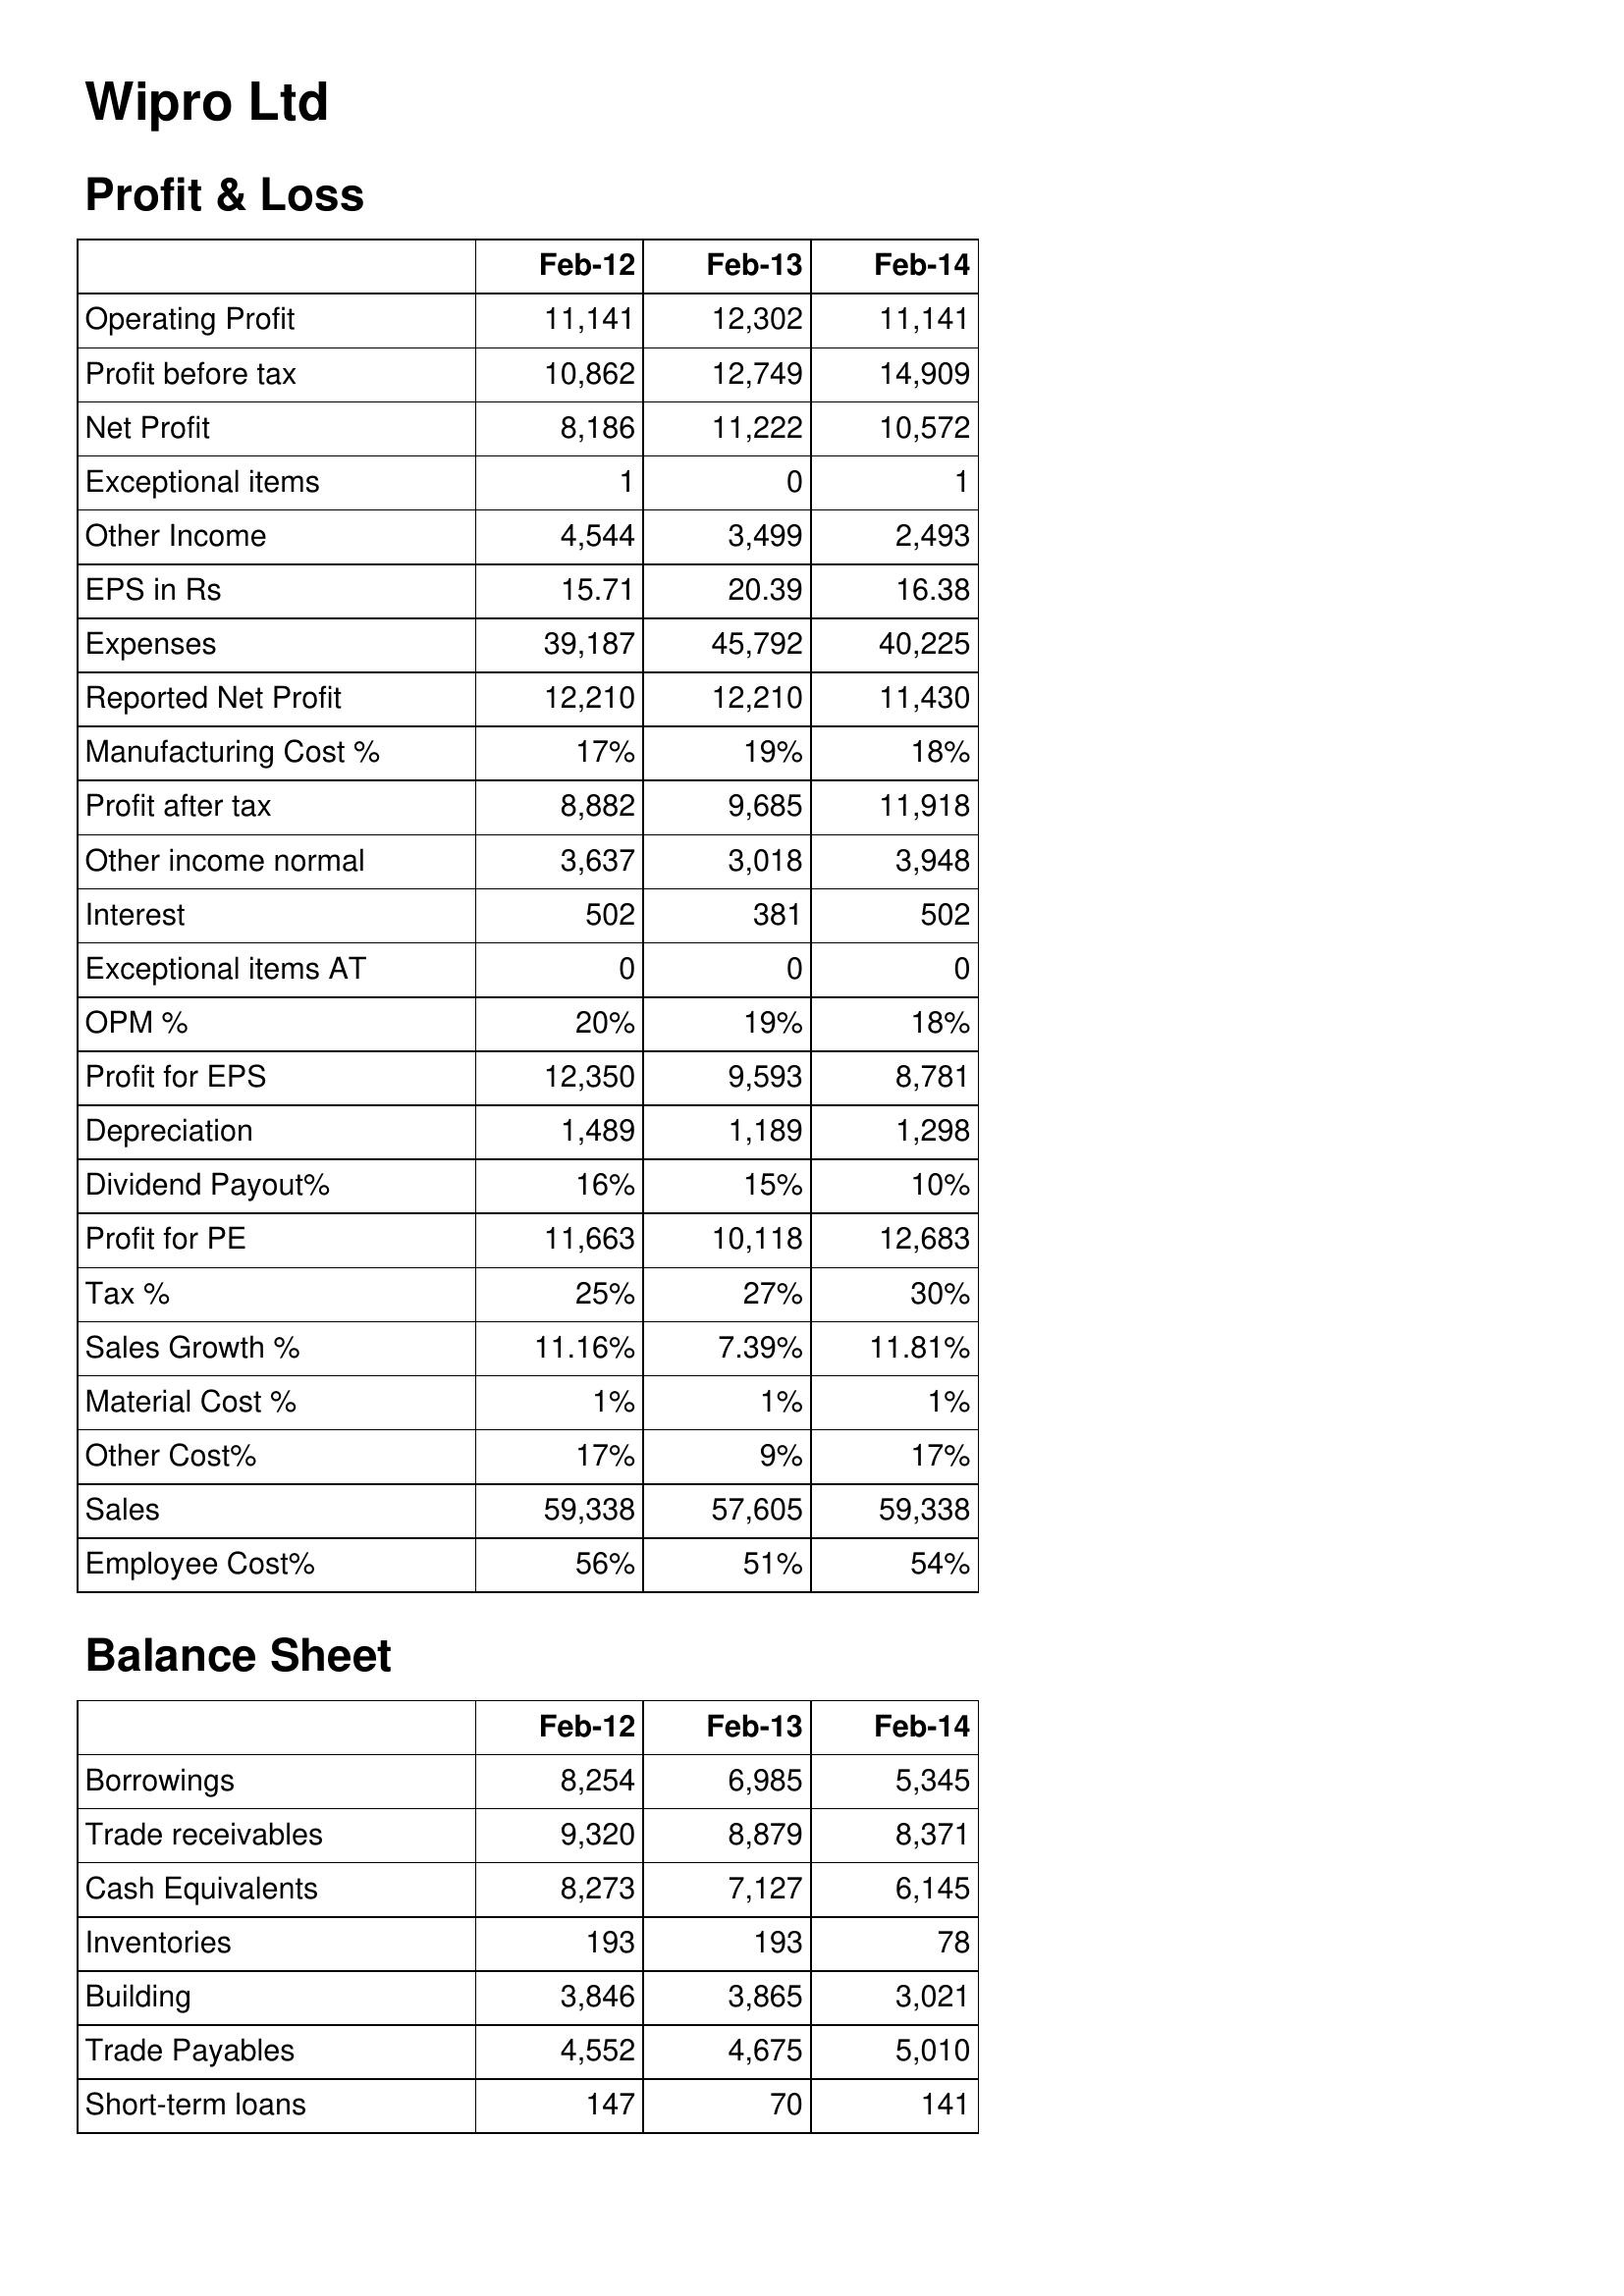
Feb-12: Profit & Loss: Operating Profit: 11,141
Profit before tax: 10,862
Net Profit: 8,186
Exceptional items: 1
Other Income: 4,544
EPS in Rs: 15.71
Expenses: 39,187
Reported Net Profit: 12,210
Manufacturing Cost %: 17%
Profit after tax: 8,882
Other income normal: 3,637
Interest: 502
Exceptional items AT: 0
OPM %: 20%
Profit for EPS: 12,350
Depreciation: 1,489
Dividend Payout%: 16%
Profit for PE: 11,663
Tax %: 25%
Sales Growth %: 11.16%
Material Cost %: 1%
Other Cost%: 17%
Sales: 59,338
Employee Cost%: 56%
Balance Sheet: Borrowings: 8,254
Trade receivables: 9,320
Cash Equivalents: 8,273
Inventories: 193
Building: 3,846
Trade Payables: 4,552
Short-term loans: 147
Feb-13: Profit & Loss: Operating Profit: 12,302
Profit before tax: 12,749
Net Profit: 11,222
Exceptional items: 0
Other Income: 3,499
EPS in Rs: 20.39
Expenses: 45,792
Reported Net Profit: 12,210
Manufacturing Cost %: 19%
Profit after tax: 9,685
Other income normal: 3,018
Interest: 381
Exceptional items AT: 0
OPM %: 19%
Profit for EPS: 9,593
Depreciation: 1,189
Dividend Payout%: 15%
Profit for PE: 10,118
Tax %: 27%
Sales Growth %: 7.39%
Material Cost %: 1%
Other Cost%: 9%
Sales: 57,605
Employee Cost%: 51%
Balance Sheet: Borrowings: 6,985
Trade receivables: 8,879
Cash Equivalents: 7,127
Inventories: 193
Building: 3,865
Trade Payables: 4,675
Short-term loans: 70
Feb-14: Profit & Loss: Operating Profit: 11,141
Profit before tax: 14,909
Net Profit: 10,572
Exceptional items: 1
Other Income: 2,493
EPS in Rs: 16.38
Expenses: 40,225
Reported Net Profit: 11,430
Manufacturing Cost %: 18%
Profit after tax: 11,918
Other income normal: 3,948
Interest: 502
Exceptional items AT: 0
OPM %: 18%
Profit for EPS: 8,781
Depreciation: 1,298
Dividend Payout%: 10%
Profit for PE: 12,683
Tax %: 30%
Sales Growth %: 11.81%
Material Cost %: 1%
Other Cost%: 17%
Sales: 59,338
Employee Cost%: 54%
Balance Sheet: Borrowings: 5,345
Trade receivables: 8,371
Cash Equivalents: 6,145
Inventories: 78
Building: 3,021
Trade Payables: 5,010
Short-term loans: 141